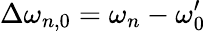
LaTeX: \Delta\omega_{n,0}=\omega_{n}-\omega_{0}^{\prime}